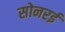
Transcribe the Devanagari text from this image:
सोनरई